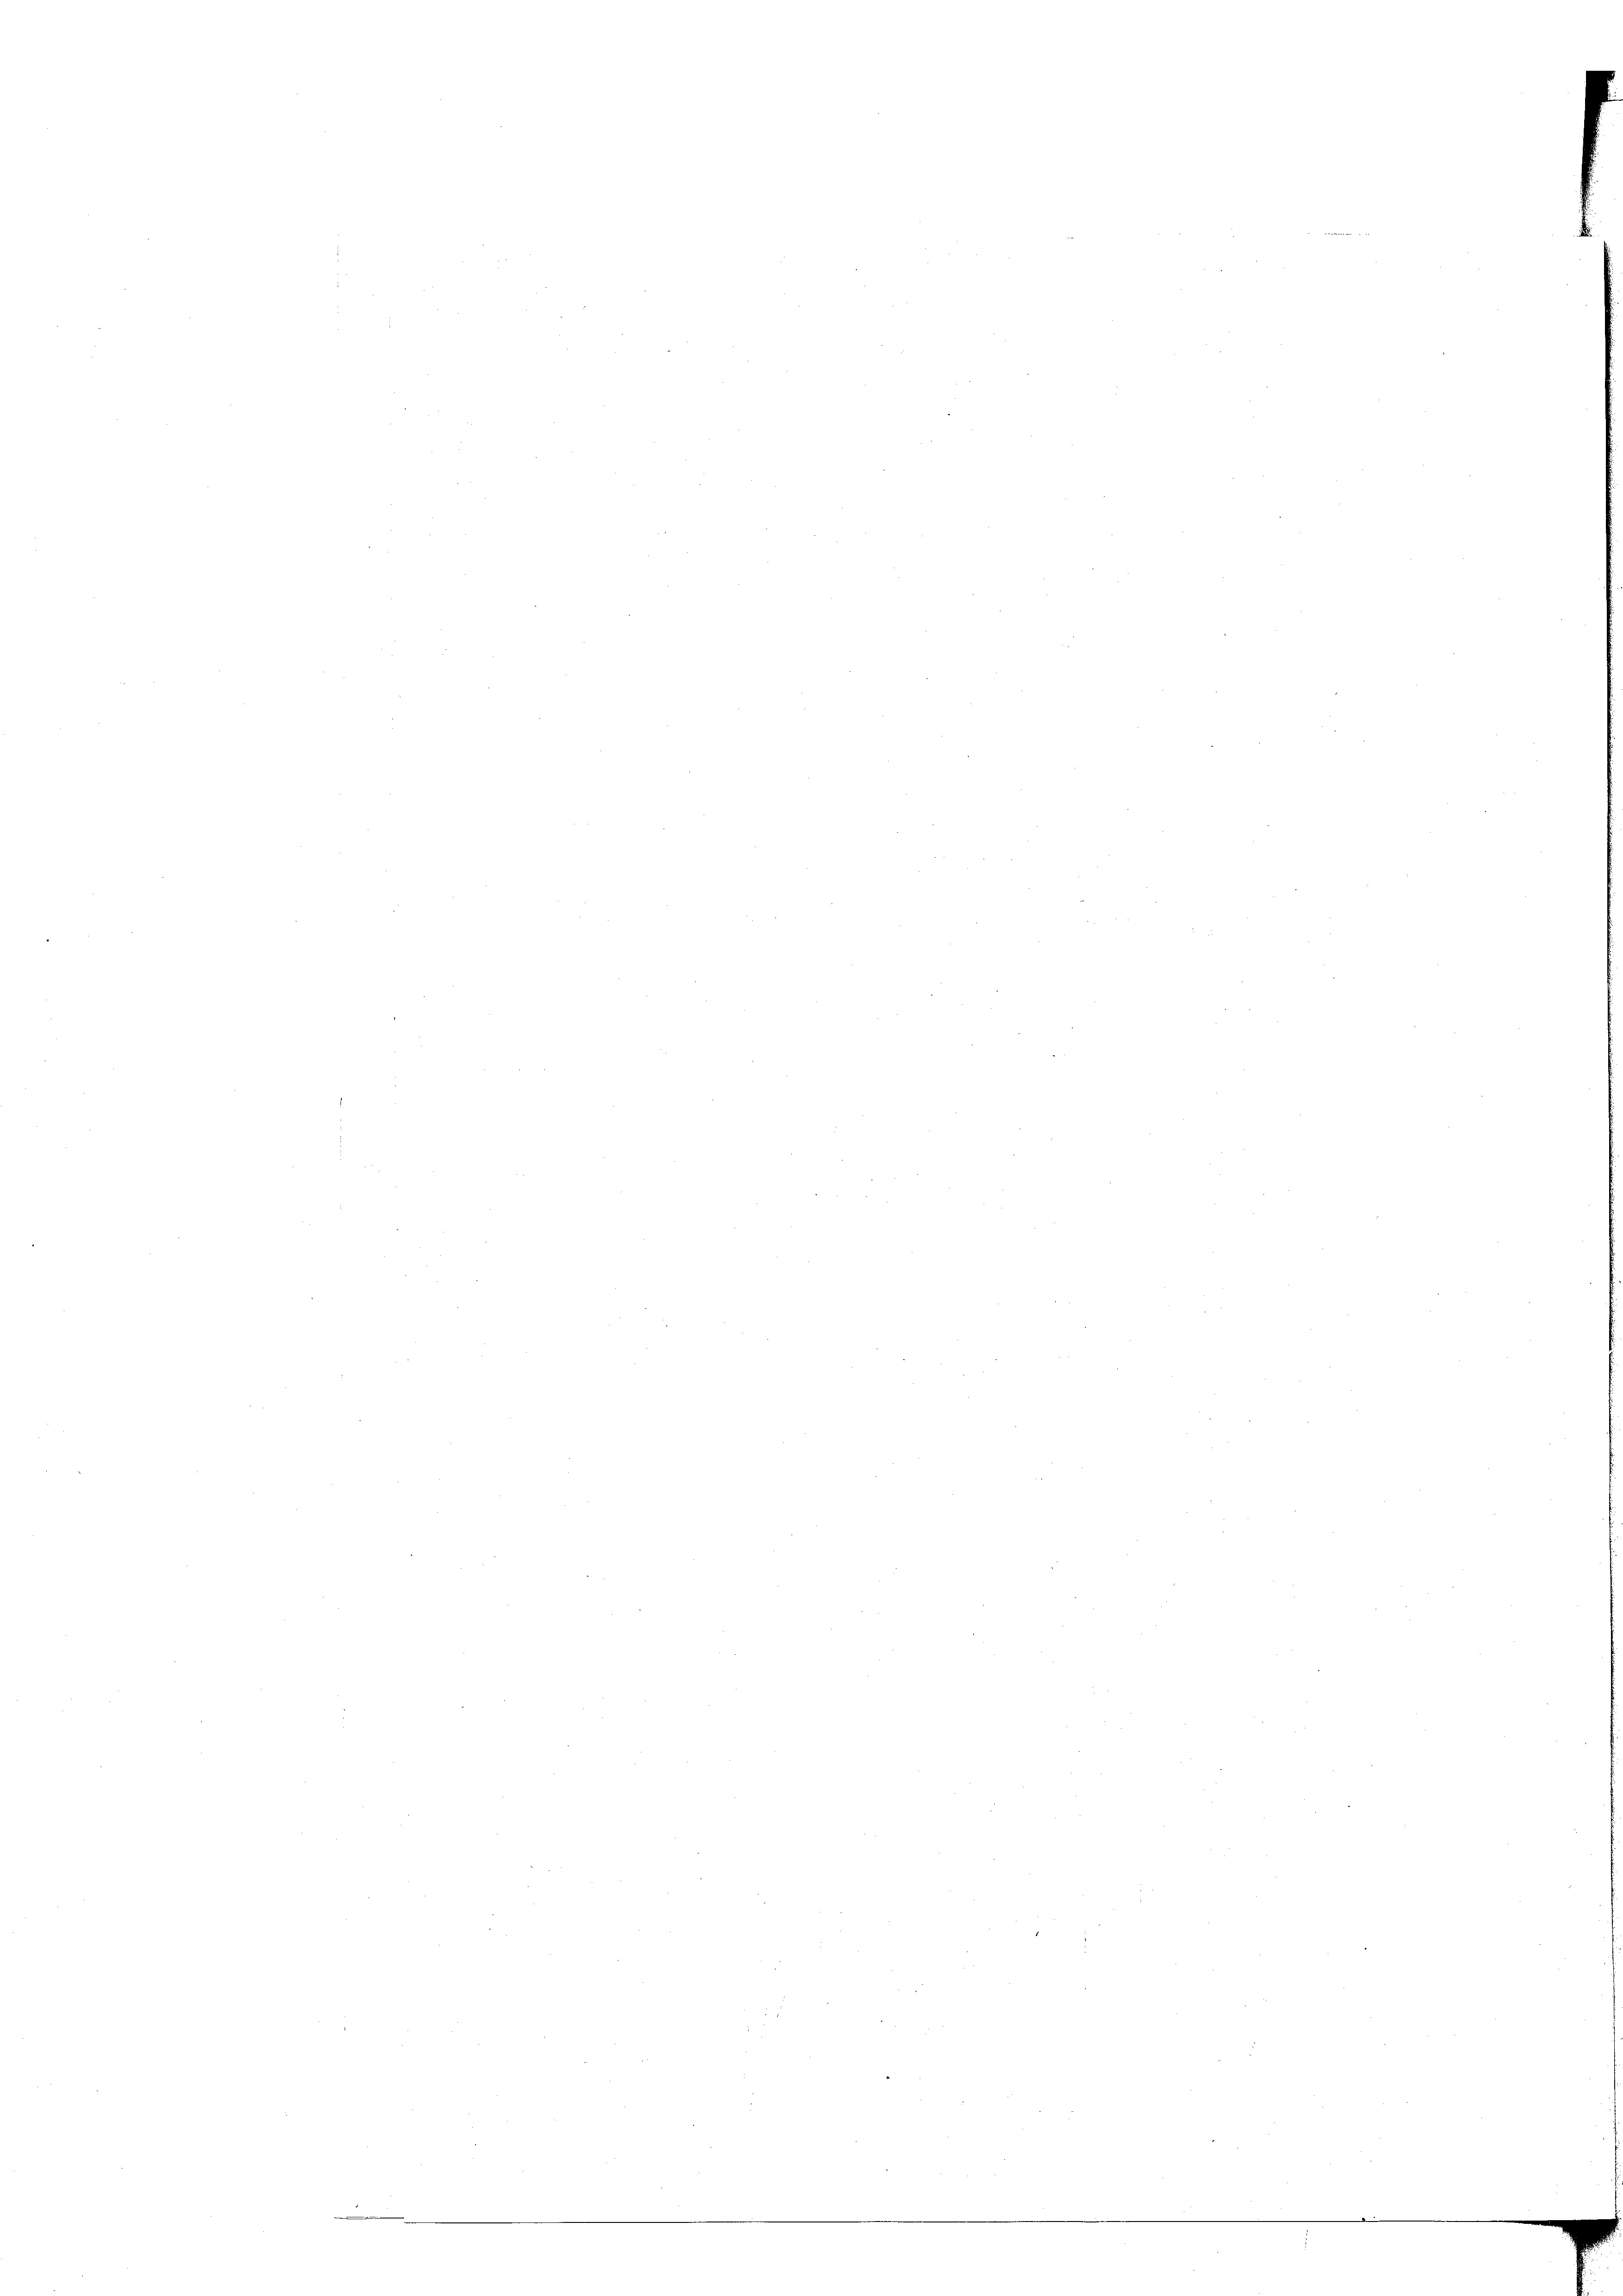
n

e

e

.

e